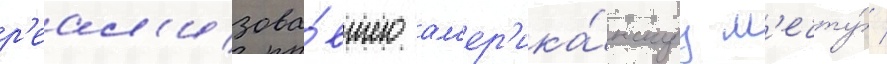
р'еал'изова́вшего ам'ер'ика́нскуу м'ечту́ /